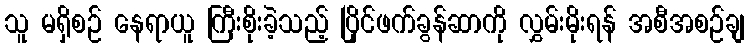
သူ မရှိစဉ် နေရာယူ ကြီးစိုးခဲ့သည့် ပြိုင်ဖက်ခွန်ဆာကို လွှမ်းမိုးရန် အစီအစဉ်ချ